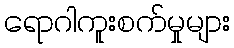
ရောဂါကူးစက်မှုများ